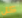
كل